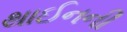
થાઈનની